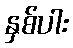
နှစ်ပါး